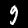
Digit: 9